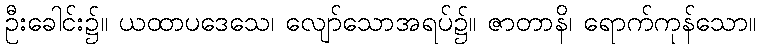
ဦးခေါင်း၌။ ယထာပဒေသေ၊ လျော်သောအရပ်၌။ ဇာတာနိ၊ ရောက်ကုန်သော။